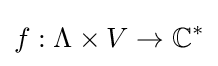
f:\Lambda \times V\to \mathbb {C} ^{*}